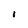
Character: I